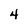
Character: 4